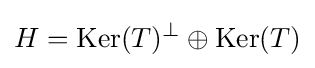
H=\operatorname {Ker} (T)^{\perp }\oplus \operatorname {Ker} (T)